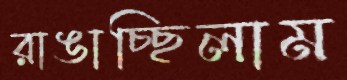
রাঙাচ্ছিলাম